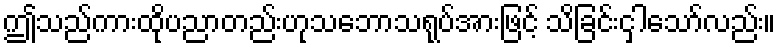
ဤသည်ကားထိုပညာတည်းဟုသဘောသရုပ်အားဖြင့် သိခြင်းငှါသော်လည်း။